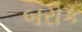
બરોક